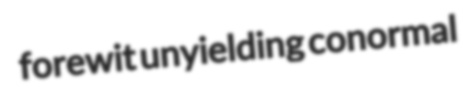
forewit unyielding conormal